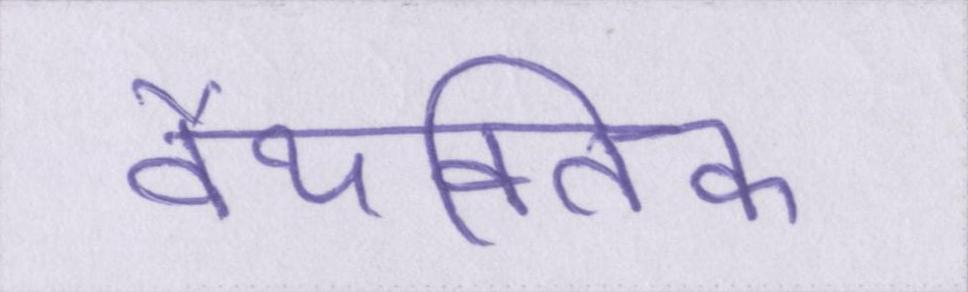
वैयक्तिक